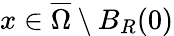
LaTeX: x\in\overline{\Omega}\setminus B_{R}(0)